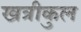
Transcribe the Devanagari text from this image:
खत्रीकुल